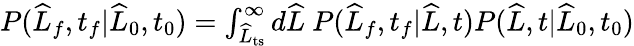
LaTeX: \begin{array}{r}{P(\widehat{L}_{f},t_{f}|\widehat{L}_{0},t_{0})=\int_{\widehat{L}_{\mathrm{ts}}}^{\infty}d\widehat{L}\ P(\widehat{L}_{f},t_{f}|\widehat{L},t)P(\widehat{L},t|\widehat{L}_{0},t_{0})}\end{array}